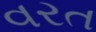
વરત